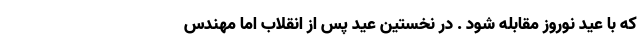
که با عید نوروز مقابله شود . در نخستین عید پس از انقلاب اما مهندس